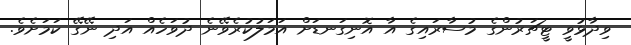
ވިދާޅުވީ ޓީޗަރުންގެ މުސާރައިގެ އާ އޮނިގަނޑަށް އަމަލުކުރެވޭނެ ދުވަހެއް އަދި ނޭގޭ ކަމަށެވެ.